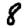
Digit: 8